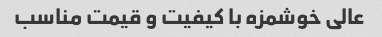
عالی خوشمزه با کیفیت و قیمت مناسب